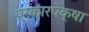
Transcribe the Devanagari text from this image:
प्रकारपेक्षा